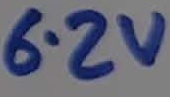
Text: 6.2V